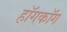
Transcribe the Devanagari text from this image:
हॉगकॉग